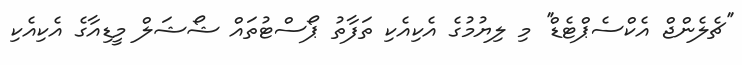
''ޗެލެންޖް އެކްސެޕްޓެޑް'' މި ލިޔުމުގެ އެކިއެކި ތަފާތު ޕޯސްޓުތައް ޝޯޝަލް މީޑިއާގެ އެކިއެކި